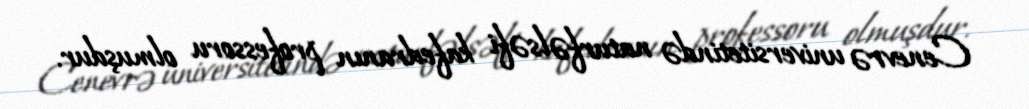
Cenevrə universitetində naturfəlsəfi kafedranın professoru olmuşdur.